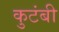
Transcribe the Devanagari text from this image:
कुटंबी